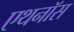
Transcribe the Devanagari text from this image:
एथनॉस